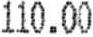
110.00